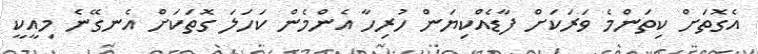
އެގޮތަށް ކިތަންމެ ވަރަކަށް ފާޑެއްކިޔަން ހުރިހާ އެންމެން ކަހަލަ ގޮތަކަށް އެނގޭނެ މިއީކީ